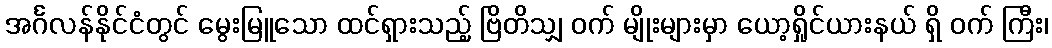
အင်္ဂလန်နိုင်ငံတွင် မွေးမြူသော ထင်ရှားသည့် ဗြိတိသျှ ဝက် မျိုးများမှာ ယော့ရှိုင်ယားနယ် ရှိ ဝက် ကြီး၊